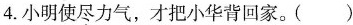
4.小明使尽力气，才把小华背回家。()